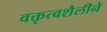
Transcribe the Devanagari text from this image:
वक्तृत्वशैलीने